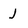
Character: j